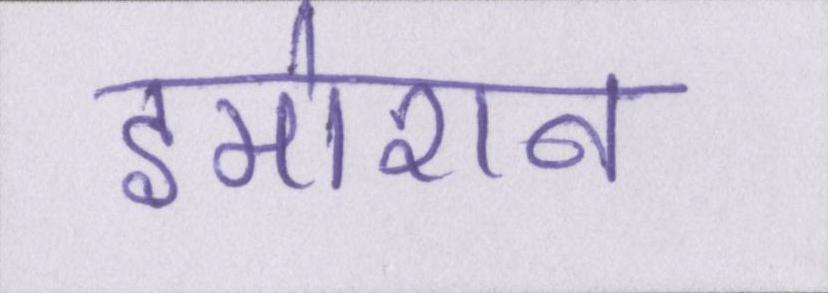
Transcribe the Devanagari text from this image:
इमोशन